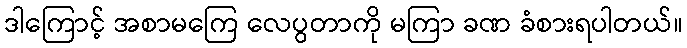
ဒါကြောင့် အစာမကြေ လေပွတာကို မကြာ ခဏ ခံစားရပါတယ်။